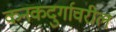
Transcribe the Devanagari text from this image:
कनकदुर्गावरील